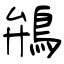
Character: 鴘